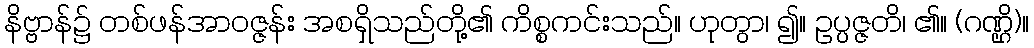
နိဗ္ဗာန်၌ တစ်ဖန်အာဝဇ္ဇန်း အစရှိသည်တို့၏ ကိစ္စကင်းသည်။ ဟုတွာ၊ ၍။ ဥပ္ပဇ္ဇတိ၊ ၏။ (ဂဏ္ဌိ)။